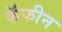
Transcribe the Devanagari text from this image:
कॅफीन